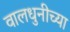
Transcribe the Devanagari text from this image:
वालधुनीच्या